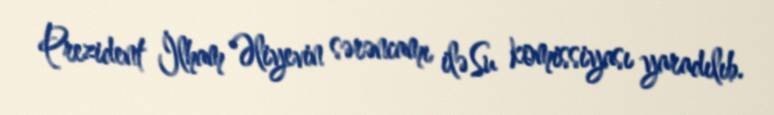
Prezident İlham Əliyevin sərəncamı ilə Su komissiyası yaradılıb.